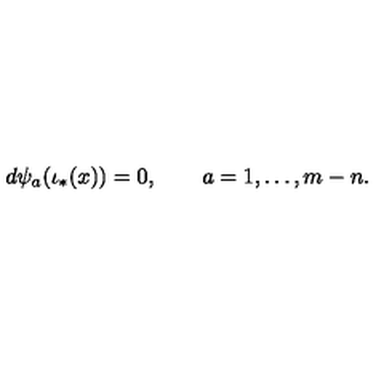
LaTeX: d \psi _ { a } ( \iota _ { * } ( x ) ) = 0 , \qquad a = 1 , \ldots , m - n .